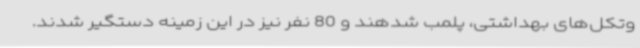
وتکل‌های بهداشتی، پلمب شدهند و 80 نفر نیز در این زمینه دستگیر شدند.